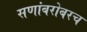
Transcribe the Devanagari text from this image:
सणांबरोबरच